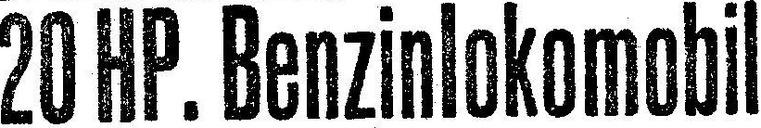
20 HP. Benzinlokomobil